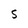
Character: S